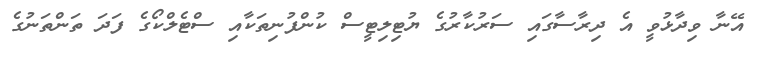
އޭނާ ވިދާޅުވީ އެ ދިރާސާގައި ސަރުކާރުގެ ޔުޓިލިޓީސް ކުންފުނިތަކާއި ސްޓެލްކޯގެ ފަދަ ތަންތަނުގެ